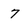
Character: 7